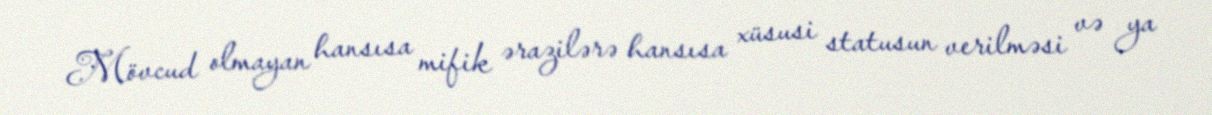
Mövcud olmayan hansısa mifik ərazilərə hansısa xüsusi statusun verilməsi və ya